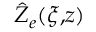
\hat { Z } _ { e } ( \xi , \! z )